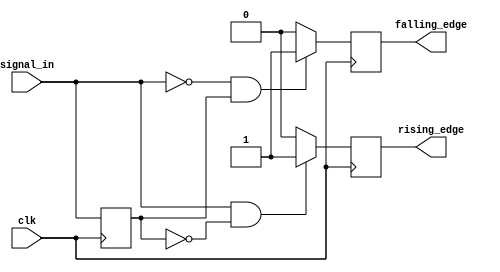
module schmitt_trigger_edge_detector (
    input wire clk,           // Clock signal
    input wire signal_in,     // Input signal
    output reg rising_edge,   // Rising edge detected signal
    output reg falling_edge    // Falling edge detected signal
);

    // Threshold levels (define appropriate values based on the system)
    parameter Vth_high = 1'b1;   // Upper threshold
    parameter Vth_low  = 1'b0;   // Lower threshold

    // Memory block to hold the previous state of the input signal
    reg prev_state;

    // Initial block to initialize states
    initial begin
        rising_edge = 0;
        falling_edge = 0;
        prev_state = Vth_low; // Initialize previous state
    end

    // Edge detection process, triggered on the clock's rising edge
    always @(posedge clk) begin
        // Reset edge signals
        rising_edge = 0;
        falling_edge = 0;

        // Check for rising edge condition
        if (signal_in == Vth_high && prev_state == Vth_low) begin
            rising_edge = 1; // Rising edge detected
        end

        // Check for falling edge condition
        if (signal_in == Vth_low && prev_state == Vth_high) begin
            falling_edge = 1; // Falling edge detected
        end

        // Update previous state
        prev_state <= signal_in; // Store current state for the next clock cycle
    end

endmodule